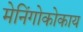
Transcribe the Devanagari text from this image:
मेनिंगोकोकाय